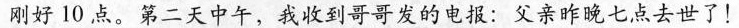
刚好10点。第二天中午，我收到哥哥发的电报：父亲昨晚七点去世了！